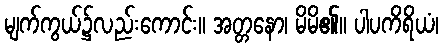
မျက်ကွယ်၌လည်းကောင်း။ အတ္တနော၊ မိမိ၏။ ပါပကိရိယံ၊